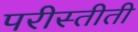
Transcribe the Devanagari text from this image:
परीस्तीती